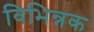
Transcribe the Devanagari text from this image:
विभिन्नक